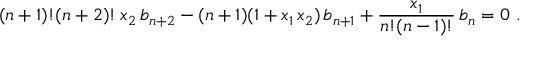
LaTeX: ( n + 1 ) ! ( n + 2 ) ! \, x _ { 2 } \, b _ { n + 2 } - ( n + 1 ) ( 1 + x _ { 1 } \, x _ { 2 } ) \, b _ { n + 1 } + { \frac { x _ { 1 } } { n ! ( n - 1 ) ! } } \, b _ { n } = 0 \ .